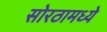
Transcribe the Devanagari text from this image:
सोरठामध्ये